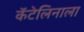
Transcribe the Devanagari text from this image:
कॅटेलिनाला